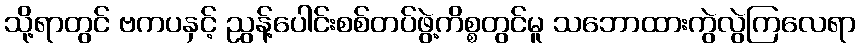
သို့ရာတွင် ဗကပနှင့် ညွန့်ပေါင်းစစ်တပ်ဖွဲ့ကိစ္စတွင်မူ သဘောထားကွဲလွဲကြလေရာ